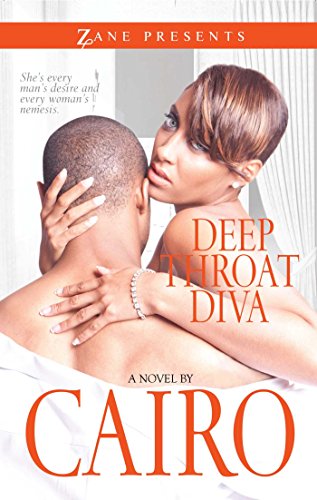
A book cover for Deep Throat Diva: A Novel (Zane Presents); Cairo; Romance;